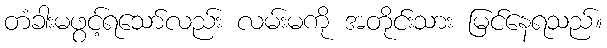
တံခါးမဖွင့်ရသော်လည်း လမ်းမကို အတိုင်းသား မြင်နေရသည်။